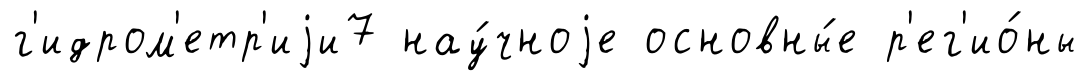
г'идром'етр'иjи7 нау́чноjе основны́е р'ег'ио́ны